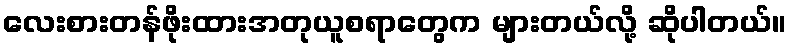
လေးစားတန်ဖိုးထားအတုယူစရာတွေက များတယ်လို့ ဆိုပါတယ်။